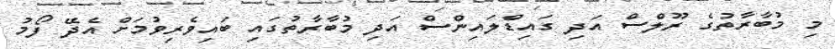
މި މުބާރާތުގެ ރޫލްސް އަދި ގައިޑްލައިންސް އަދި މުބާރާތުގައި ބައިވެރިވުމަށް އެދޭ ފޯމު